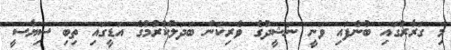
މި ގަރާރުގައި ބުނެފައި ވަނީ ނަޝީދުގެ ވެރިކަން ބަދަލުކުރުމުގެ އަޑީގައި ތިބި ސިޔާސީ